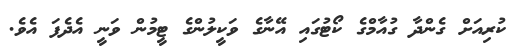
ކުރިއަށް ގެންދާ ގުއާމްގެ ކޯޓުގައި އޭނާގެ ވަކީލުންގެ ޓީމުން ވަނީ އެދެފަ އެވެ.